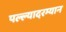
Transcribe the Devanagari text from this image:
पल्ल्यादरम्यान